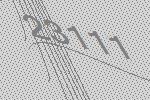
23111